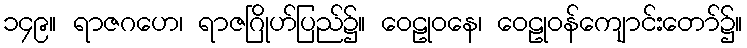
၁၄၉။ ရာဇဂဟေ၊ ရာဇဂြိုဟ်ပြည်၌။ ဝေဠုဝနေ၊ ဝေဠုဝန်ကျောင်းတော်၌။